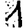
Digit: 1